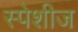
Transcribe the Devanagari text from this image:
स्पेशीज